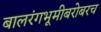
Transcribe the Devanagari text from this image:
बालरंगभूमीबरोबरच